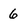
Character: 6